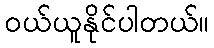
ဝယ်ယူနိုင်ပါတယ်။